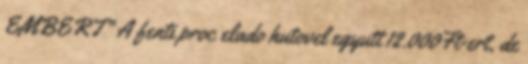
EMBERT" A fenti proc elado hutovel egyutt 12.000Ft-ert, de